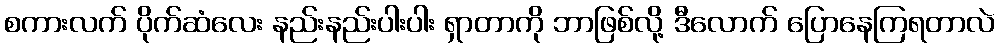
စကားလက် ပိုက်ဆံလေး နည်းနည်းပါးပါး ရှာတာကို ဘာဖြစ်လို့ ဒီလောက် ပြောနေကြရတာလဲ